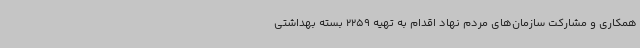
همکاری و مشارکت سازمان‌های مردم نهاد اقدام به تهیه 2259 بسته بهداشتی